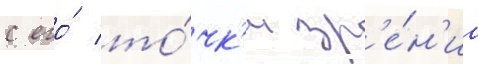
с его́ то́чк'и зр'е́н'иа